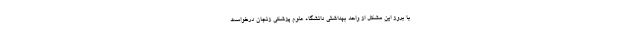
با بروز این مشکل از واحد بهداشتی دانشگاه علوم پزشکی زنجان درخواست